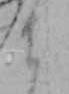
ま